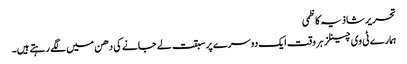
تحریر شاذیہ کاظمی
ہمارے ٹی وی چینلز ہر وقت ایک دوسرے پر سبقت لے جانے کی دھن میں لگے رہتے ہیں۔